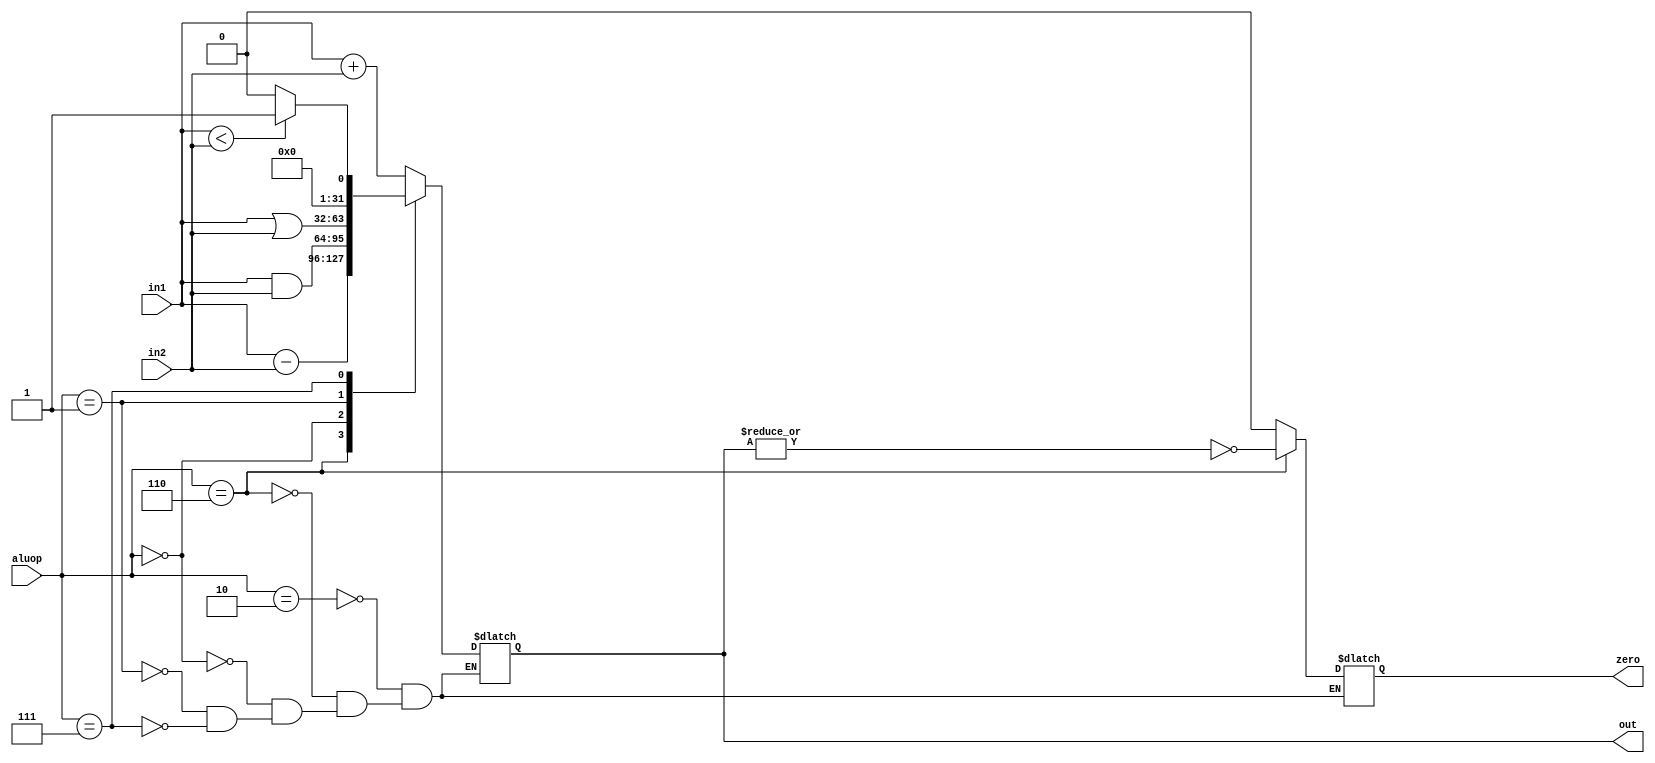
`timescale 1ns / 1ps
// main Alu

module Alu(
input [31:0] in1,
input [31:0] in2,
output reg [31:0] out,
output reg zero,
input [2:0] aluop
    );
always@(*)
begin
     case(aluop)
	  3'b010:begin
	         out<=in1+in2;
				zero<=0;
				end
	  3'b110:begin
	         out<=in1-in2;
				zero<=~|out;
				end
	  3'b000:begin
	         out<=in1&in2;
				zero<=0;
				end
	  3'b001:begin
            out<=in1|in2;
				zero<=0;
				end
	  3'b111:begin
	         if(in1<in2)
				out<=1;
				else
				out<=0;
				zero<=0;
				end
		endcase
end
endmodule

// add only

module ALU_add_only (
input [31:0] in1,
input [31:0]in2,
output [31:0] out
);
assign out=in1+in2;
endmodule